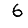
Digit: 6